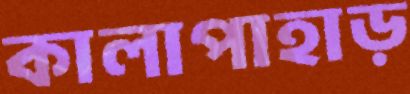
কালাপাহাড়